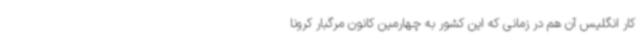
کار انگلیس آن هم در زمانی که این کشور به چهارمین کانون مرگبار کرونا